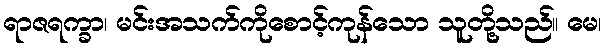
ရာဇရက္ခာ၊ မင်းအသက်ကိုစောင့်ကုန်သော သူတို့သည်။ မေ၊